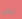
نحن